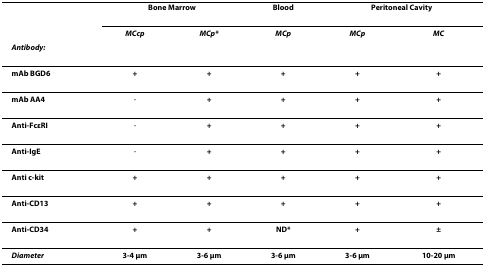
|  | <COLSPAN=2> Bone Marrow | Blood | <COLSPAN=2> Peritoneal Cavity |
 |  | MCcp | MCp* | MCp | MCp | MC |
 | Antibody: |  |  |  |  |  |
 | --- | --- | --- | --- | --- | --- |
 | mAb BGD6 | + | + | + | + | + |
 | mAb AA4 | - | + | + | + | + |
 | Anti-FcεRI | - | + | + | + | + |
 | Anti-IgE | - | + | + | + | + |
 | Anti c-kit | + | + | + | + | + |
 | Anti-CD13 | + | + | + | + | + |
 | Anti-CD34 | + | + | ND* | + | ± |
 | Diameter | 3-4 μm | 3-6 μm | 3-6 μm | 3-6 μm | 10-20 μm |